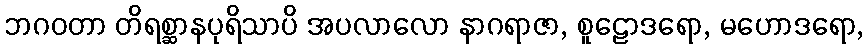
ဘဂဝတာ တိရစ္ဆာနပုရိသာပိ အပလာလော နာဂရာဇာ, စူဠောဒရော, မဟောဒရော,